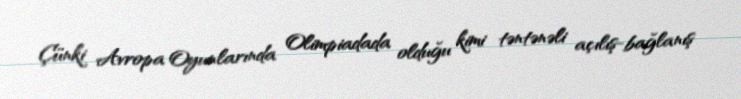
Çünki Avropa Oyunlarında Olimpiadada olduğu kimi təntənəli açılış-bağlanış